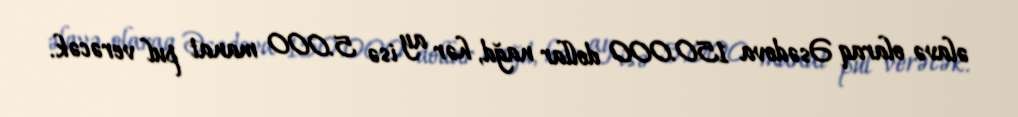
əlavə olaraq Əsədova 150.000 dollar nağd, hər ay isə 5.000 manat pul verəcək.